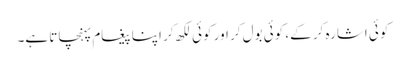
کوئی اشارہ کر کے، کوئی بول کر اور کوئی لکھ کر اپنا پیغام پہنچاتا ہے۔